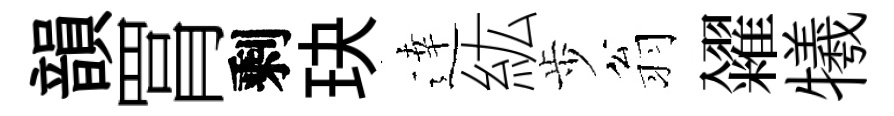
韻罥剩玦逹紘歩翁糴犧